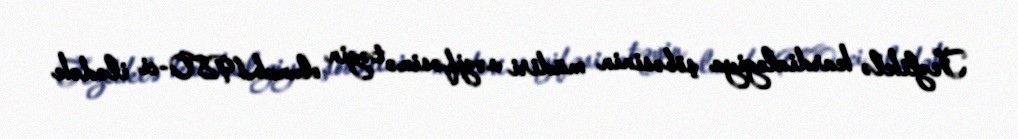
Tezliklə kardialogiya şöbəsinin müdiri vəzifəsinə təyin olunub.1980-ci ilədək